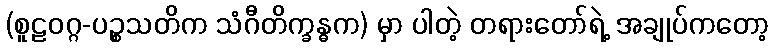
(စူဠဝဂ္ဂ-ပဉ္စသတိက သံဂီတိက္ခန္ဓက) မှာ ပါတဲ့ တရားတော်ရဲ့ အချုပ်ကတော့